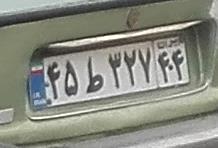
۴۵ط۳۲۷۴۴